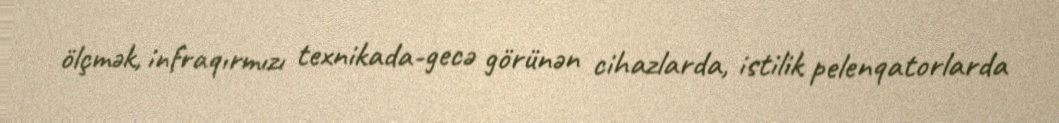
ölçmək, infraqırmızı texnikada-gecə görünən cihazlarda, istilik pelenqatorlarda